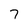
Character: 7